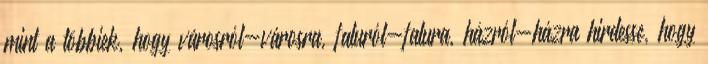
mint a többiek, hogy városról-városra, faluról-falura, házról-házra hirdesse, hogy